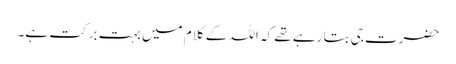
حضرت جی بتا رہے تھے کہ اللہ کے کلام میں بہت برکت ہے۔